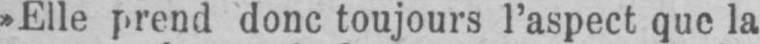
»Elle prend donc toujours l’aspect que la